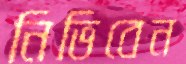
নিভিবেন